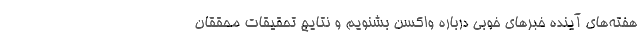
هفته‌های آینده خبرهای خوبی درباره واکسن بشنویم و نتایج تحقیقات محققان